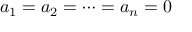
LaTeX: a _ { 1 } = a _ { 2 } = \cdots = a _ { n } = 0